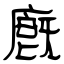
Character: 廐